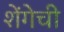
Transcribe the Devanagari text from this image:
शेंगेची